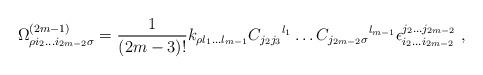
LaTeX: \begin{align*}\Omega ^{(2m-1)}_{\rho i_2 \ldots i_{2m-2} \sigma}={1\over (2m-3)!}k_{\rho l_1 \ldots l_{m-1}} {C_{j_2 j_3}} ^{l_1} \ldots {C_{j_{2m-2}\sigma}} ^{l_{m-1}} \epsilon ^{j_2 \ldots j_{2m-2}}_{i_2 \ldots i_{2m-2}}\, \, ,\end{align*}